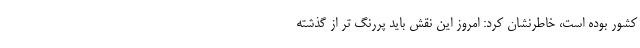
کشور بوده است، خاطرنشان کرد: امروز این نقش باید پررنگ تر از گذشته